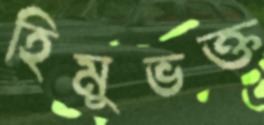
হিমুভক্ত